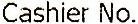
CASHIER NO.